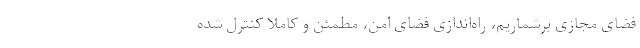
فضای مجازی برشماریم، راه‌اندازی فضای امن، مطمئن و کاملا کنترل شده